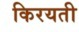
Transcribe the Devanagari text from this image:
किरयती